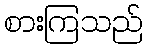
စားကြသည်